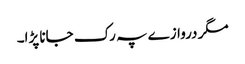
مگر دروازے پہ رک جانا پڑا۔